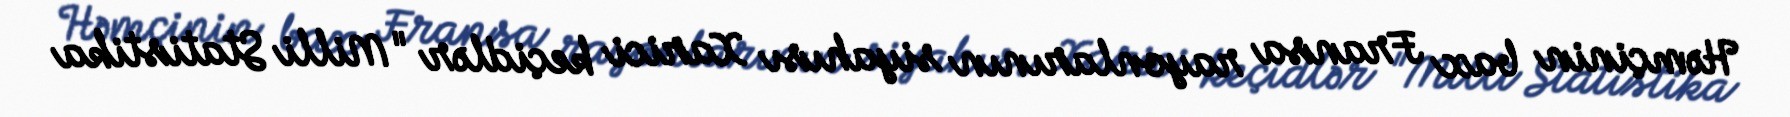
Həmçinin bax Fransa rayonlarının siyahısı Xarici keçidlər "Milli Statistika